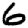
Digit: 6